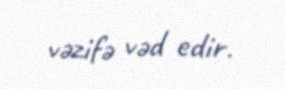
vəzifə vəd edir.